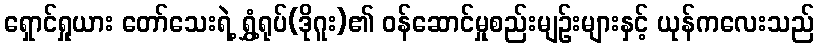
ရှောင်ရှုယား တော်သေးရဲ့ ရွှံ့ရုပ်(ဒိုဂူး)၏ ဝန်ဆောင်မှုစည်းမျဉ်းများနှင့် ယုန်ကလေးသည်